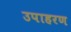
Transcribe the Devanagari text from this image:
उपाहरण